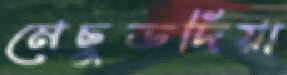
মেছুডদিয়া